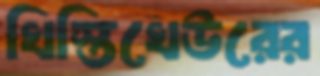
খিস্তিখেউরের